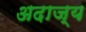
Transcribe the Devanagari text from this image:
अदाज्य